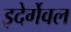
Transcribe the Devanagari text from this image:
इदेर्गेवल